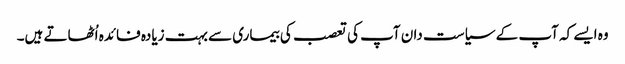
وہ ایسے کہ آپ کے سیاست دان آپ کی تعصب کی بیماری سے بہت زیادہ فائدہ اُٹھاتے ہیں۔